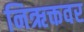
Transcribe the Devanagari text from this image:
निऋक्तवर